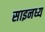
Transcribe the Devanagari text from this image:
साइनध्य